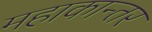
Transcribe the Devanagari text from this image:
महाकान्तर